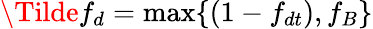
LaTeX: \Tilde{f}_{d}=\operatorname*{max}\{ (1-f_{dt}),f_{B}\}